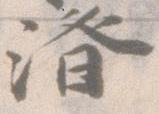
済